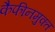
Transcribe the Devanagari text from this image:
कैफीनमुक्त